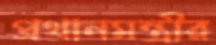
প্রথানমন্ত্রীর